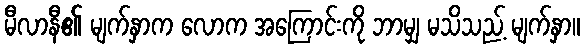
မီလာနီ၏ မျက်နှာက လောက အကြောင်းကို ဘာမျှ မသိသည့် မျက်နှာ။